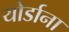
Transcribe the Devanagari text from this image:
योर्डाना